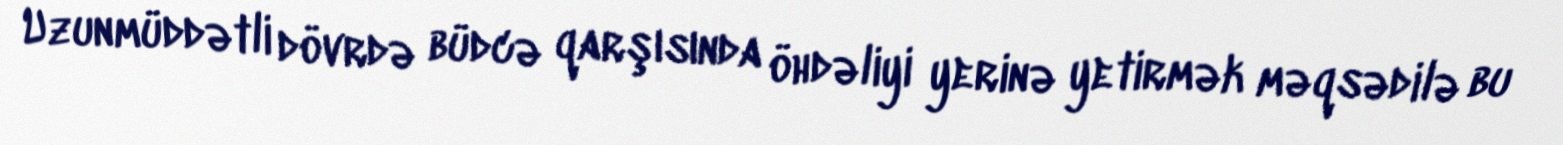
Uzunmüddətli dövrdə büdcə qarşısında öhdəliyi yerinə yetirmək məqsədilə bu